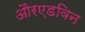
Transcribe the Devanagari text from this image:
औरएडविन